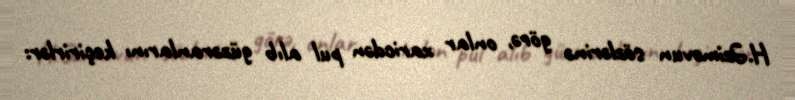
H.Əzimovun sözlərinə görə, onlar xaricdən pul alıb güzəranlarını keçirirlər: